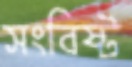
সংবিষ্ট